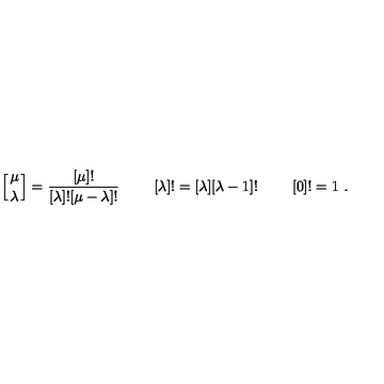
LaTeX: \left[ { \mu \atop \lambda } \right] = { \frac { [ \mu ] ! } { [ \lambda ] ! [ \mu - \lambda ] ! } } \ \qquad [ \lambda ] ! = [ \lambda ] [ \lambda - 1 ] ! \ \qquad [ 0 ] ! = 1 \ .